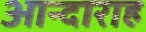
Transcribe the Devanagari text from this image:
आन्दाराह